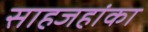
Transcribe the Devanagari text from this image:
साहजहांका